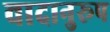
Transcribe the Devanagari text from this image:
वादानुरूप